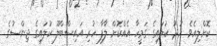
ކޮށްލިއެވެ. ހުދު ކުލައިގެ ގަމީހާ އެއްކޮށް ލާފާ ހުރި އައިސްބްލޫ ކުލައިގެ ޖިންސުގެ